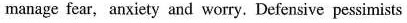
manage fear, anxiety and worry, Defensive passimists